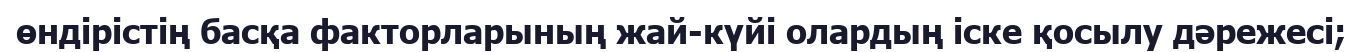
өндірістің басқа факторларының жай-күйі олардың іске қосылу дәрежесі;